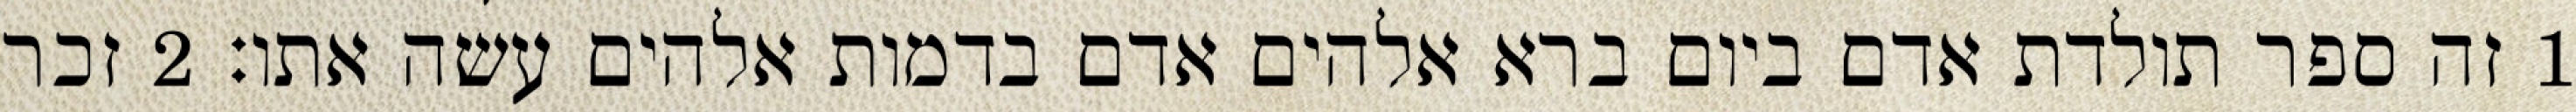
1 זה ספר תולדת אדם ביום ברא אלהים אדם בדמות אלהים עשה אתו׃ ‎2‏ זכר